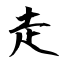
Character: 走